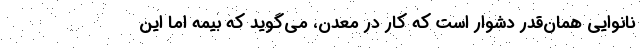
نانوايي همان‌قدر دشوار است كه كار در معدن، مي‌گويد كه بيمه اما اين